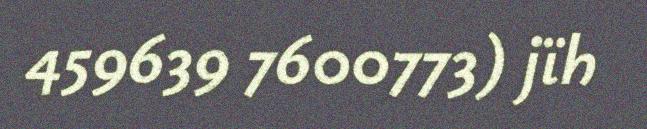
459639 7600773) jïh